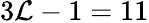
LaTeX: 3{\cal L}-1=11